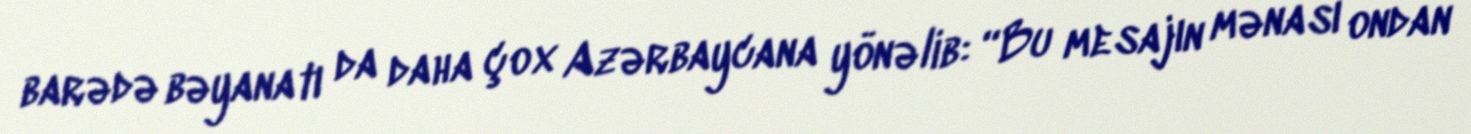
barədə bəyanatı da daha çox Azərbaycana yönəlib: “Bu mesajın mənası ondan